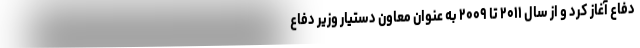
دفاع آغاز کرد و از سال ۲۰۱۱ تا ۲۰۰۹ به عنوان معاون دستیار وزیر دفاع